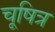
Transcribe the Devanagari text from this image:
चूषित्र